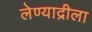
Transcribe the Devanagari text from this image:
लेण्याद्रीला